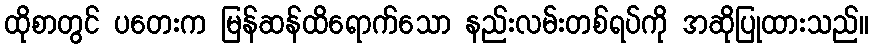
ထိုစာတွင် ပတေးက မြန်ဆန်ထိရောက်သော နည်းလမ်းတစ်ရပ်ကို အဆိုပြုထားသည်။